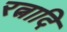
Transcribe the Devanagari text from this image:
रत्नादि